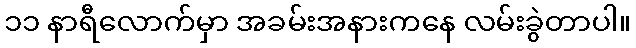
၁၁ နာရီလောက်မှာ အခမ်းအနားကနေ လမ်းခွဲတာပါ။